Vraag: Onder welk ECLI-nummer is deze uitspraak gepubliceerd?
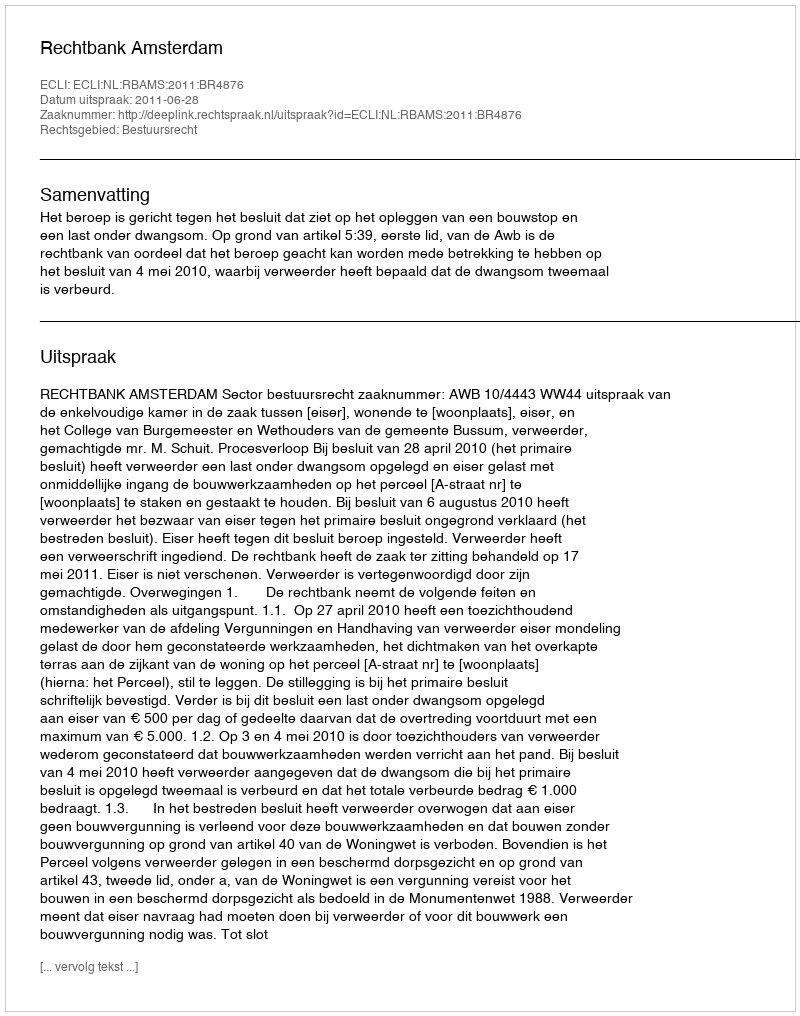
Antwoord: ECLI:NL:RBAMS:2011:BR4876